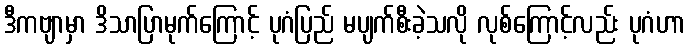
ဒီကဗျာမှာ ဒိသာပြာမုက်ကြောင့် ပုဂံပြည် မပျက်စီးခဲ့သလို လုစ်ကြောင့်လည်း ပုဂံဟာ